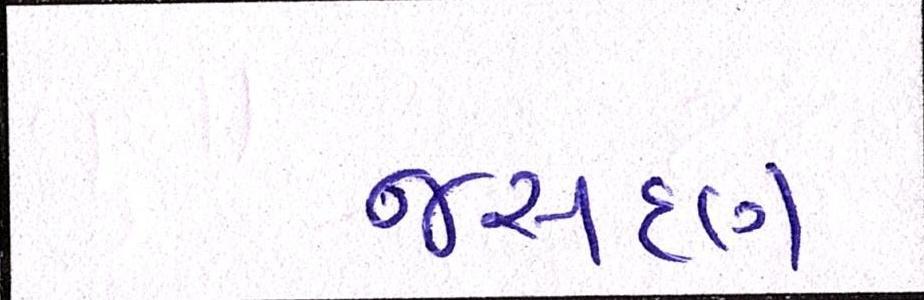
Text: જસદણ